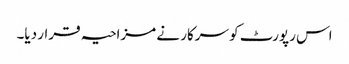
اس رپورٹ کو سرکار نے مزاحیہ قرار دیا۔